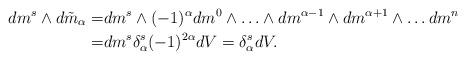
LaTeX: \begin{align*}dm^s\wedge d\tilde{m}_\alpha=&dm^s\wedge (-1)^\alpha dm^0\wedge\ldots\wedge dm^{\alpha-1}\wedge dm^{\alpha+1}\wedge\ldots dm^n\\=&dm^s \delta^s_\alpha (-1)^{2\alpha} dV=\delta^s_\alpha dV. \end{align*}